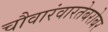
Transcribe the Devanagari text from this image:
चौवारंवारतेबरोबर